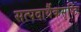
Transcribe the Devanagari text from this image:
सत्पदार्थैकसृष्टिः